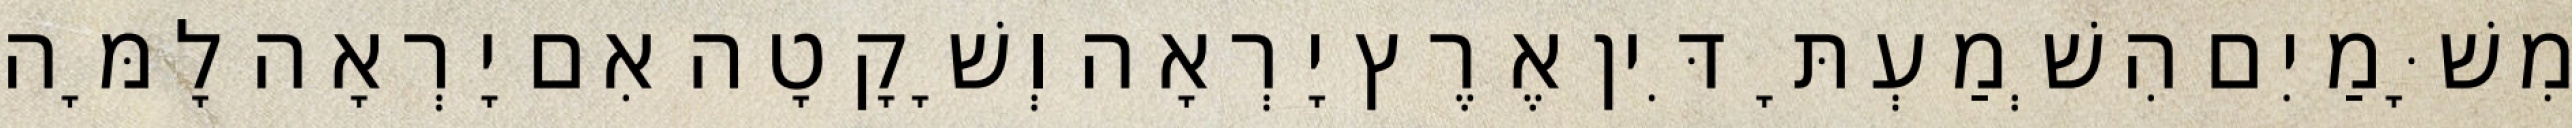
מִשָּׁמַיִם הִשְׁמַעְתָּ דִּין אֶרֶץ יָרְאָה וְשָׁקָטָה אִם יָרְאָה לָמָּה